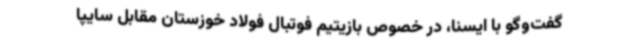
گفت‌وگو با ایسنا، در خصوص بازیتیم فوتبال فولاد خوزستان مقابل سایپا